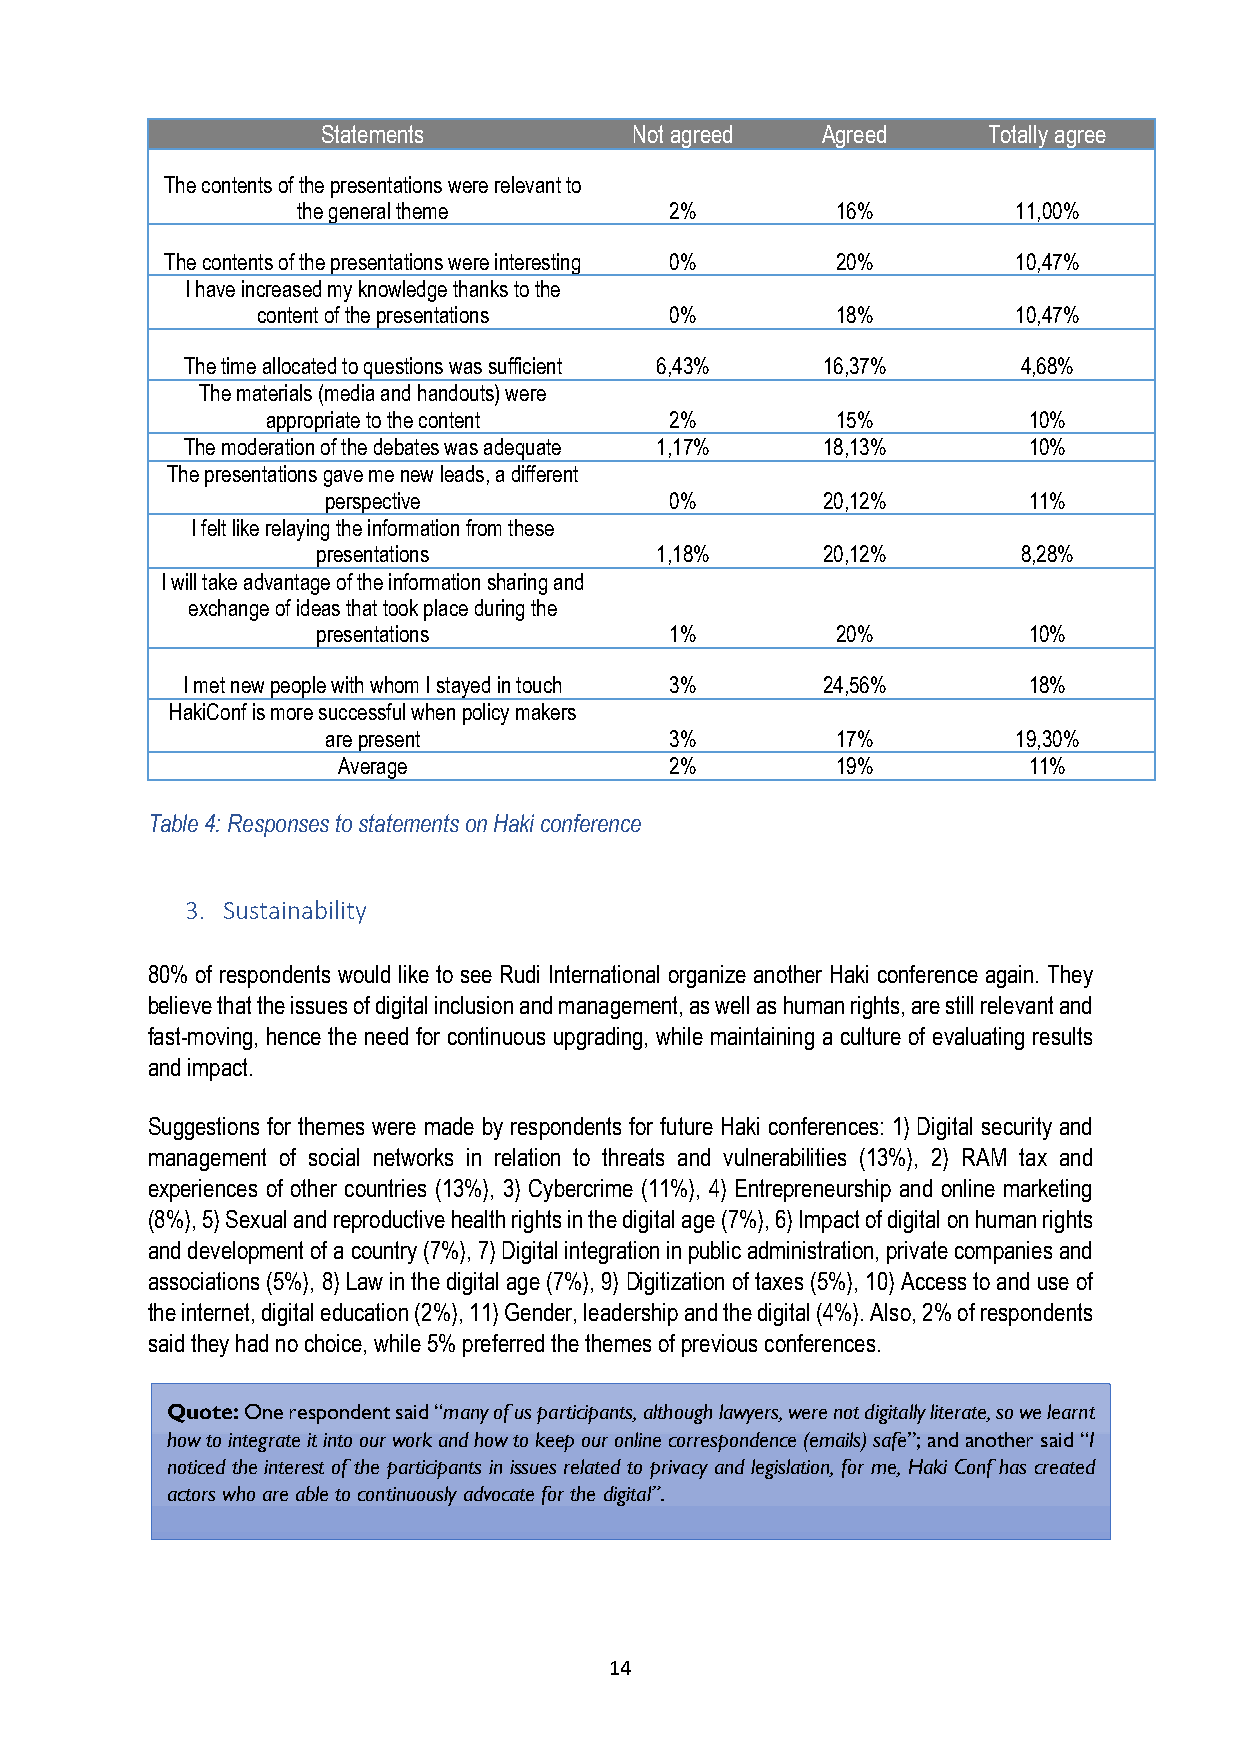
Statements           Not agreed  Agreed     Totally agree
 The contents of the presentations were relevant to
 the general theme       2%         16%         11,00%
 The contents of the presentations were interesting 0% 20% 10,47%
 I have increased my knowledge thanks to the
 content of the presentations 0%       18%         10,47%
 The time allocated to questions was sufficient 6,43% 16,37% 4,68%
 The materials (media and handouts) were
 appropriate to the content 2%        15%          10%
 The moderation of the debates was adequate 1,17% 18,13% 10%
 The presentations gave me new leads, a different
 perspective            0%        20,12%        11%
 I felt like relaying the information from these
 presentations         1,18%      20,12%        8,28%
 I will take advantage of the information sharing and
 exchange of ideas that took place during the
 presentations          1%         20%          10%
 I met new people with whom I stayed in touch 3% 24,56%  18%
 HakiConf is more successful when policy makers
 are present           3%         17%         19,30%
 Average               2%         19%          11%
 Table 4: Responses to statements on Haki conference
 3. Sustainability
 80% of respondents would like to see Rudi International organize another Haki conference again. They
 believe that the issues of digital inclusion and management, as well as human rights, are still relevant and
 fast-moving, hence the need for continuous upgrading, while maintaining a culture of evaluating results
 and impact.
 Suggestions for themes were made by respondents for future Haki conferences: 1) Digital security and
 management of social networks in relation to threats and vulnerabilities (13%), 2) RAM tax and
 experiences of other countries (13%), 3) Cybercrime (11%), 4) Entrepreneurship and online marketing
 (8%), 5) Sexual and reproductive health rights in the digital age (7%), 6) Impact of digital on human rights
 and development of a country (7%), 7) Digital integration in public administration, private companies and
 associations (5%), 8) Law in the digital age (7%), 9) Digitization of taxes (5%), 10) Access to and use of
 the internet, digital education (2%), 11) Gender, leadership and the digital (4%). Also, 2% of respondents
 said they had no choice, while 5% preferred the themes of previous conferences.
 Quote: One respondent said “many of us participants, although lawyers, were not digitally literate, so we learnt
 how to integrate it into our work and how to keep our online correspondence (emails) safe”; and another said “I
 noticed the interest of the participants in issues related to privacy and legislation, for me, Haki Conf has created
 actors who are able to continuously advocate for the digital”.
 14